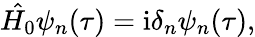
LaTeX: \hat{H_{0}}\psi_{n}(\tau)=\mathrm{i}\delta_{n}\psi_{n}(\tau),